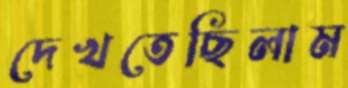
দেখতেছিলাম